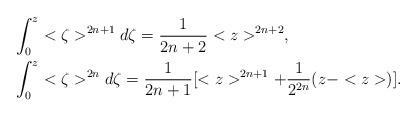
LaTeX: \begin{align*}\int_{0}^{z} & <\zeta>^{2n+1}d\zeta=\frac{1}{2n+2}<z>^{2n+2},\\\int_{0}^{z} & <\zeta>^{2n}d\zeta=\frac{1}{2n+1}[<z>^{2n+1}+\frac{1}{2^{2n}}(z-<z>)].\end{align*}